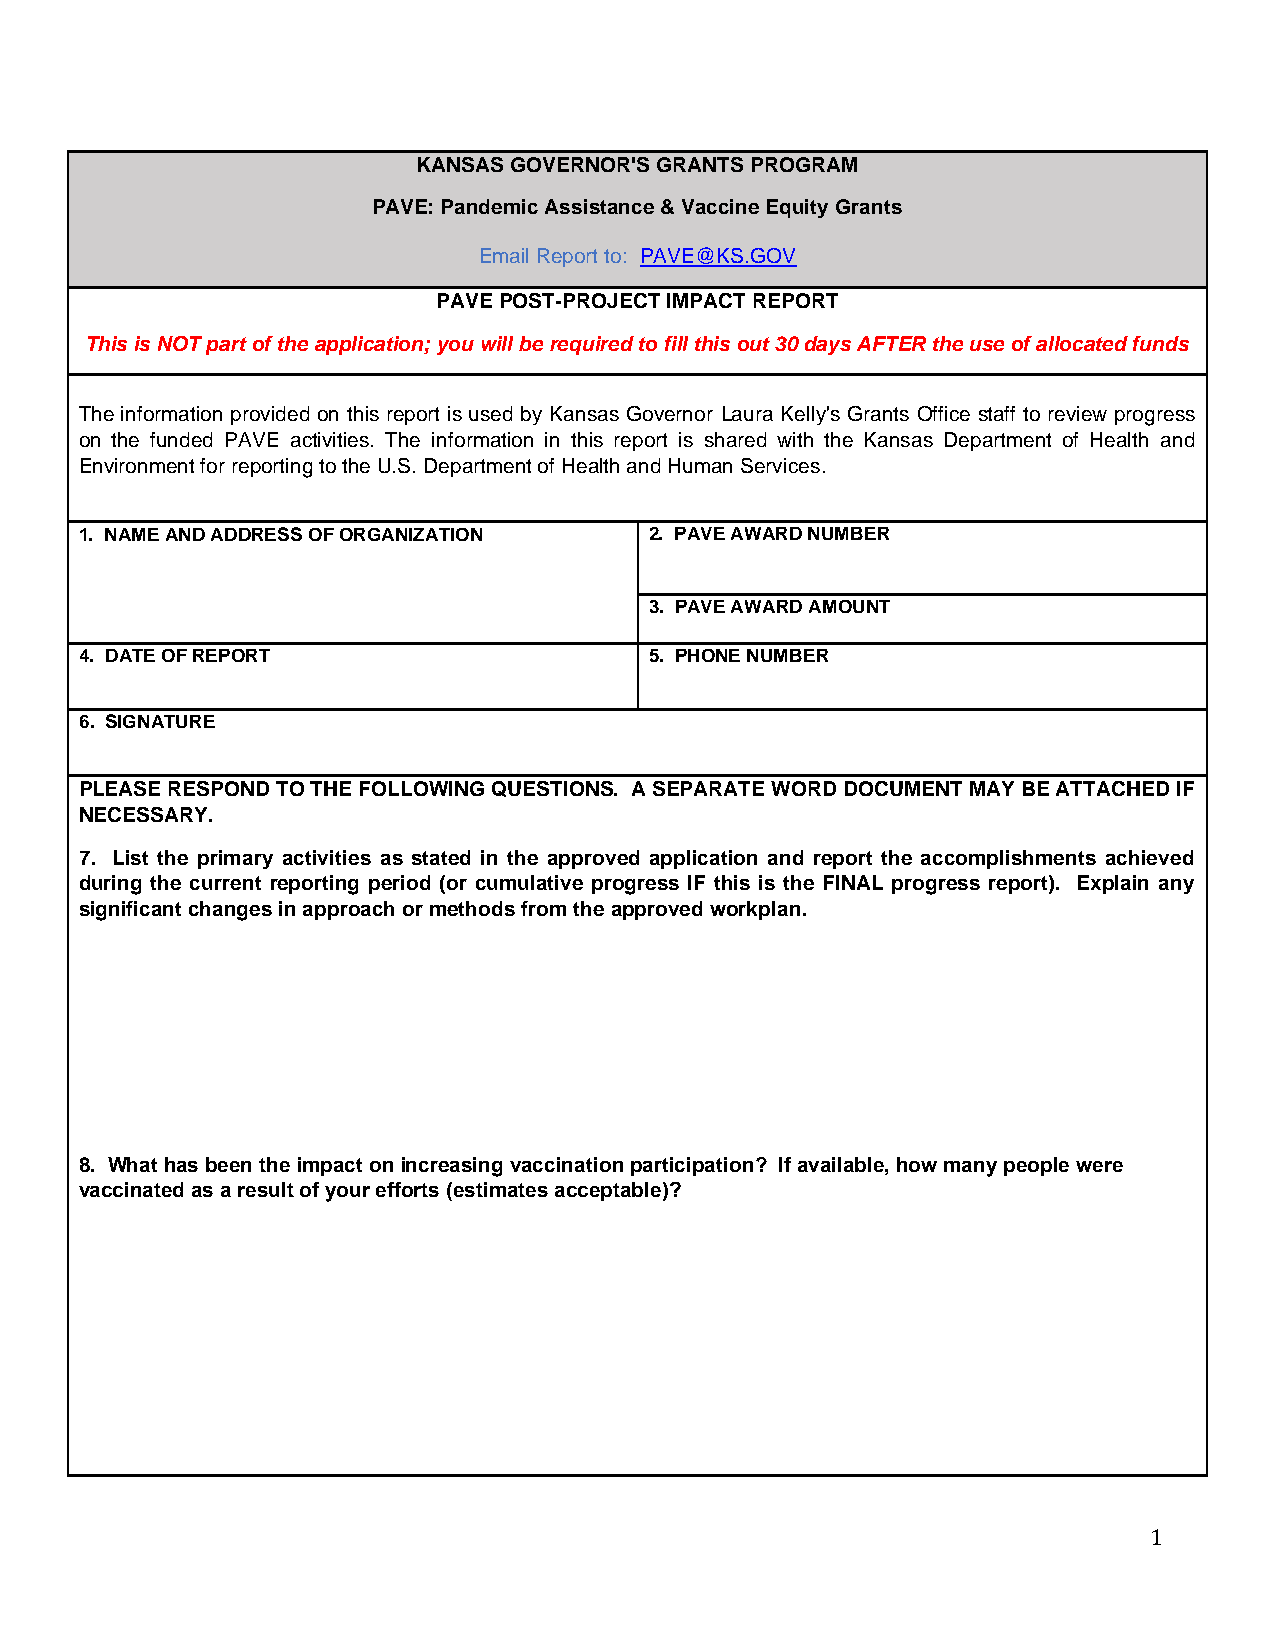
KANSAS GOVERNOR'S GRANTS PROGRAM
 PAVE: Pandemic Assistance & Vaccine Equity Grants
 Email Report to: PAVE@KS.GOV
 PAVE POST-PROJECT IMPACT REPORT
 This is NOT part of the application; you will be required to fill this out 30 days AFTER the use of allocated funds
 The information provided on this report is used by Kansas Governor Laura Kelly's Grants Office staff to review progress
 on the funded PAVE activities. The information in this report is shared with the Kansas Department of Health and
 Environment for reporting to the U.S. Department of Health and Human Services.
 1. NAME AND ADDRESS OF ORGANIZATION   2. PAVE AWARD NUMBER
 3. PAVE AWARD AMOUNT
 4. DATE OF REPORT                     5. PHONE NUMBER
 6. SIGNATURE
 PLEASE RESPOND TO THE FOLLOWING QUESTIONS. A SEPARATE WORD DOCUMENT MAY BE ATTACHED IF
 NECESSARY.
 7. List the primary activities as stated in the approved application and report the accomplishments achieved
 during the current reporting period (or cumulative progress IF this is the FINAL progress report). Explain any
 significant changes in approach or methods from the approved workplan.
 8. What has been the impact on increasing vaccination participation? If available, how many people were
 vaccinated as a result of your efforts (estimates acceptable)?
 1